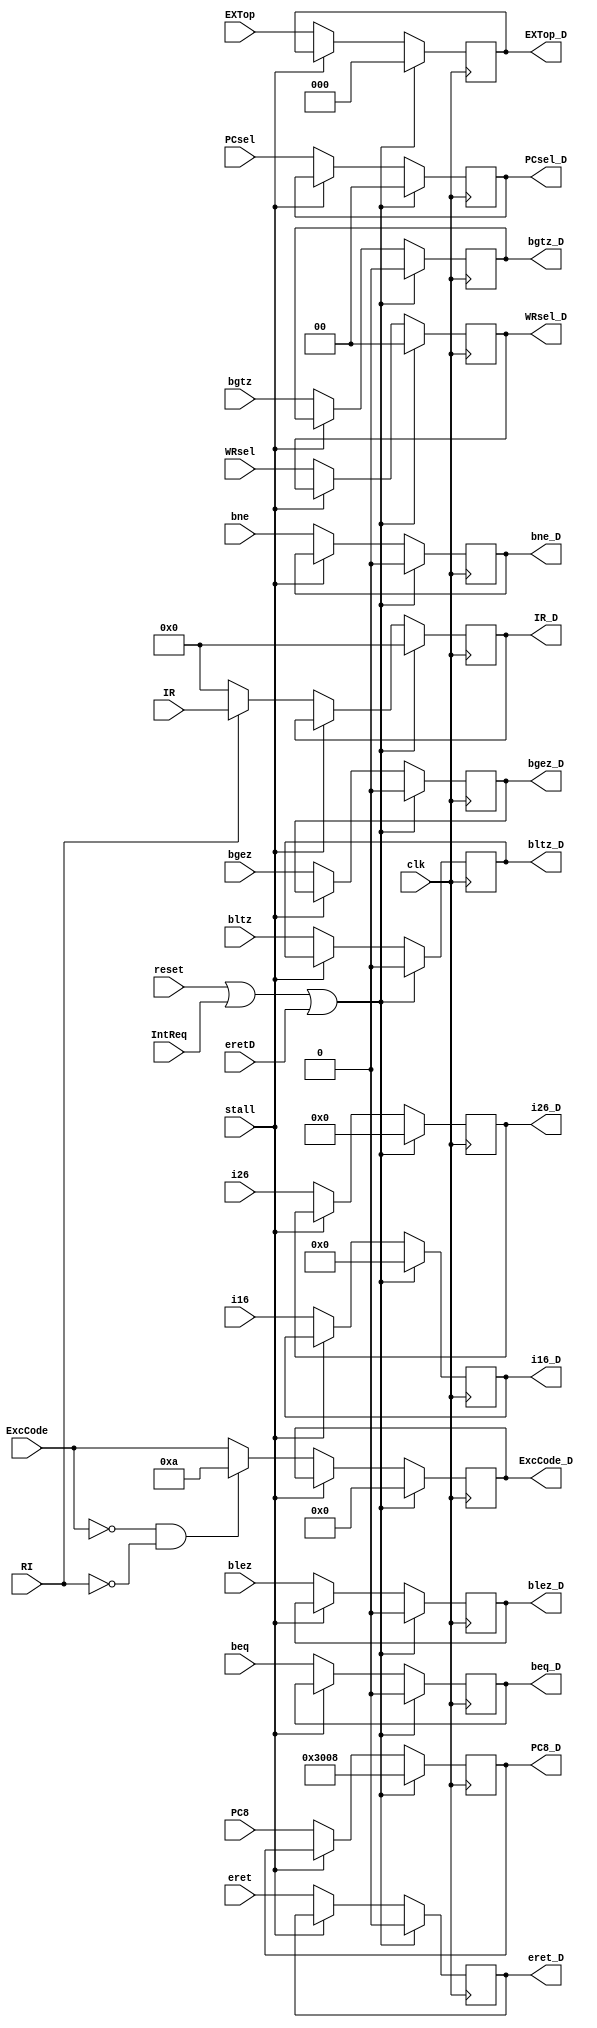
`timescale 1ns / 1ps
//////////////////////////////////////////////////////////////////////////////////
// Company: 
// Engineer: 
// 
// Design Name: 
// Module Name:    Dregs 
// Project Name: 
// Target Devices: 
// Tool versions: 
// Description: 
//
// Dependencies: 
//
// Revision: 
// Revision 0.01 - File Created
// Additional Comments: 
//
//////////////////////////////////////////////////////////////////////////////////
module Dregs(
	input clk,
	input reset,
	input [31:0] IR,
	input [31:0] PC8,
	input stall,
	input [1:0] PCsel,
	input [15:0] i16,
	input [25:0] i26,
	input beq,
	input bgez,
	input bne,
	input bgtz,
	input blez,
	input bltz,
	input [2:0] EXTop,
	input [1:0] WRsel,
	input [4:0] ExcCode,
	input RI,
	input IntReq,
	input eret,
	input eretD,
	output reg [31:0] IR_D,
	output reg [31:0] PC8_D,
	output reg [1:0] PCsel_D,
	output reg [15:0] i16_D,
	output reg [25:0] i26_D,
	output reg beq_D,
	output reg bgez_D,
	output reg bne_D,
	output reg bgtz_D,
	output reg bltz_D,
	output reg blez_D,
	output reg [2:0] EXTop_D,
	output reg [1:0] WRsel_D,
	output reg [4:0] ExcCode_D,
	output reg eret_D
    );
	
	initial begin
		IR_D = 0;
		PC8_D = 32'h00003008;
		PCsel_D = 0;
		i16_D = 0;
		i26_D = 0;
		beq_D = 0;
		bgez_D = 0;
		bne_D = 0;
		bgtz_D = 0;
		bltz_D = 0;
		blez_D = 0;
		EXTop_D = 0;
		WRsel_D = 0;
		ExcCode_D = 0;
		eret_D = 0;
	end

	always @(posedge clk) begin
		if (reset == 1 || IntReq == 1 || eretD) begin
			IR_D = 0;
			PC8_D = 32'h00003008;
			PCsel_D = 0;
			i16_D = 0;
			i26_D = 0;
			beq_D = 0;
			bgez_D = 0;
			bne_D = 0;
			bgtz_D = 0;
			bltz_D = 0;
			blez_D = 0;
			EXTop_D = 0;
			WRsel_D = 0;
			ExcCode_D = 0;
			eret_D = 0;
		end
		else if (stall == 0)begin
			if (RI == 1'b0) begin
				IR_D <= 32'b0;
			end
			else begin
				IR_D <= IR;
			end
			PC8_D <= PC8;
			PCsel_D <= PCsel;
			i16_D <= i16;
			i26_D <= i26;
			beq_D <= beq;
			bgez_D <= bgez;
			bne_D <= bne;
			bgtz_D <= bgtz;
			bltz_D <= bltz;
			blez_D <= blez;
			EXTop_D <= EXTop;
			WRsel_D <= WRsel;
			if (ExcCode == 5'b0 && RI == 1'b0) begin
				ExcCode_D <= 5'd10;
			end
			else begin
				ExcCode_D <= ExcCode;
			end
			eret_D <= eret;
		end
	end
endmodule